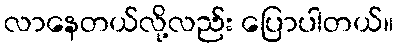
လာနေတယ်လို့လည်း ပြောပါတယ်။